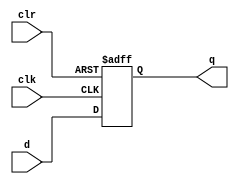
module top( input d, clk, clr, output reg q );
    initial begin
        q = 0;
    end
	  always @( posedge clk, posedge clr )
      if ( clr )
        q <= 1'b0;
      else
        q <= d;
endmodule